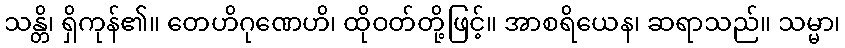
သန္တိ၊ ရှိကုန်၏။ တေဟိဂုဏေဟိ၊ ထိုဝတ်တို့ဖြင့်။ အာစရိယေန၊ ဆရာသည်။ သမ္မာ၊